Quinine and its salts - Number 41
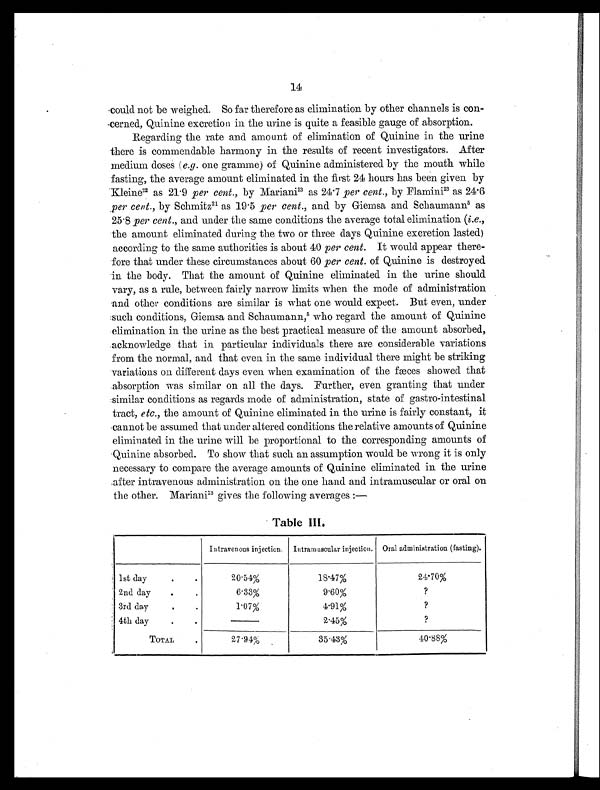
14
could not be weighed. So far therefore as elimination by other channels is con-
cerned, Quinine excretion in the urine is quite a feasible gauge of absorption.
Regarding the rate and amount of elimination of Quinine in the urine
there is commendable harmony in the results of recent investigators. After
medium doses ( e.g. one gramme) of Quinine administered by the mouth while
fasting, the average amount eliminated in the first 24 hours has been given by
Kleine22 as 21.9 per cent., by Mariani1 3
a s 2 4 . 7
p e r c e n t . ,
b y F l a m i n i
2 3
a s 2 4 . 6
per cent., by Schmitz21 as 19.5 per cent., and by Giemsa and Schaumann5 as
25.8 per cent., and under the same conditions the average total elimination ( i.e.,
the amount eliminated during the two or three days Quinine excretion lasted)
according to the same authorities is about 40 per cent. It would appear there-
fore that under these circumstances about 60 per cent. of Quinine is destroyed
in the body. That the amount of Quinine eliminated in the urine should
vary, as a rule, between fairly narrow limits when the mode of administration
and other conditions are similar is what one would expect. But even, under
such conditions, Giemsa and Schaumann, 5 who regard the amount of Quinine
elimination in the urine as the best practical measure of the amount absorbed,
acknowledge that in particular individuals there are considerable variations
from the normal, and that even in the same individual there might be striking
variations on different days even when examination of the fæces showed that
absorption was similar on all the days. Further, even granting that under
similar conditions as regards mode of administration, state of gastro-intestinal
tract, etc., the amount of Quinine eliminated in the urine is fairly constant, it
cannot be assumed that under altered conditions the relative amounts of Quinine
eliminated in the urine will be proportional to the corresponding amounts of
Quinine absorbed. To show that such an assumption would be wrong it is only
necessary to compare the average amounts of Quinine eliminated in the urine
after intravenous administration on the one hand and intramuscular or oral on
the other. Mariani 13 gives the following averages:—
Table III.
Intravenous injection. Intramuscular injection. Oral administration (fasting).
1st day
.
.
20.54%
18.47%
24.70%
2nd day
.
.
6.33%
9.60%
?
3rd day
.
.
1.07%
4.91%
?
4th day
.
. —
2.45%
?
TOTAL
.
27.94%
35.43%
40.88%